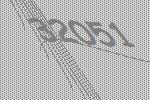
32051